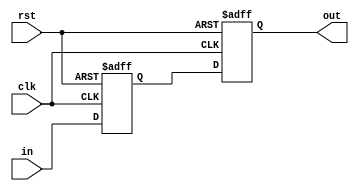
`timescale 1ns / 1ps

module synchronizer(input clk, rst, in, output out);
reg q1,q2;
always@(posedge clk, posedge rst) begin
 if(rst == 1'b1) begin
 q1 <= 0;
 q2 <= 0;
 end
 else begin
 q1 <= in;
 q2 <= q1;
 end
end
assign out = q2;

endmodule